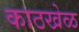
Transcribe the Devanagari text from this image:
काठखेळ